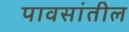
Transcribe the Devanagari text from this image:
पावसांतील